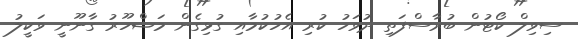
ސިވިލް ކޯޓުން ބުރާސްފަތި ދުވަހު ކުރި އެހުކުމާއި ގުޅިގެން މަޝްހޫރު ގާނޫނީ ވަކީލު